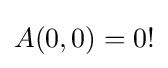
A(0,0)=0!